Vaccination report Assam 1874-1896 - 1874-1896
Year: 1874
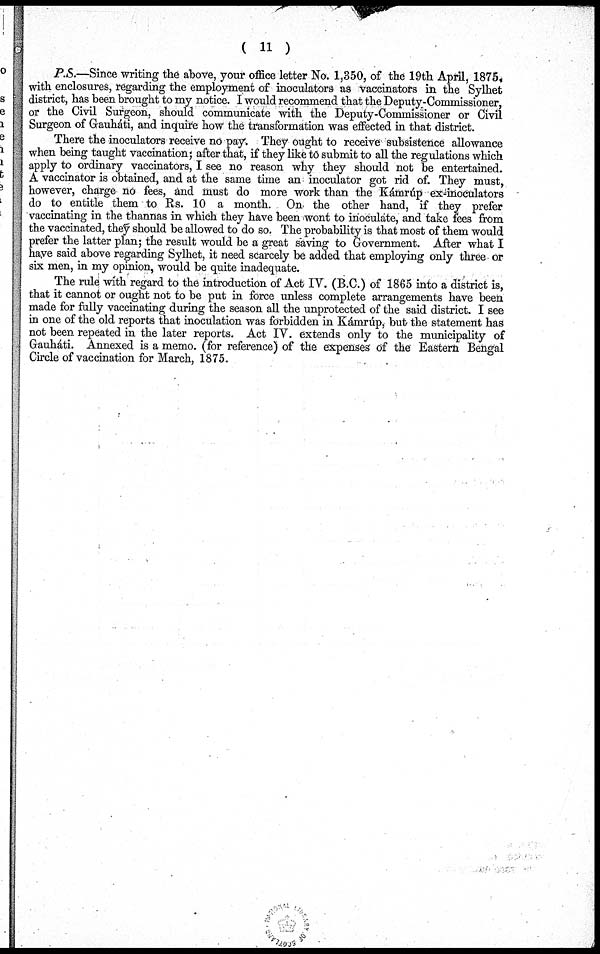
( 11 )
P.S.—Since writing the above, your office letter No. 1,350, of the 19th April, 1875,
with enclosures, regarding the employment of inoculators as vaccinators in the Sylhet
district, has been brought to my notice. I would recommend that the Deputy-Commissioner,
or the Civil Surgeon, should communicate with the Deputy-Commissioner or Civil
Surgeon of Grauháti, and inquire how the transformation was effected in that district.
There the inoculators receive no pay. They ought to receive subsistence allowance
when being taught vaccination; after that, if they like to submit to all the regulations which
apply to ordinary vaccinators, I see no reason why they should not be entertained.
A vaccinator is obtained, and at the same time an inoculator got rid of. They must,
however, charge no fees, and must do more work than the Kámrúp ex-inoculators
do to entitle them to Rs. 10 a month. On the other hand, if they prefer
vaccinating in the thannas in which they have been wont to inoculate, and take fees from
the vaccinated, they should be allowed to do so. The probability is that most of them would
prefer the latter plan; the result would be a great saving to Government. After what I
have said above regarding Sylhet, it need scarcely be added that employing only three or
six men, in my opinion, would be quite inadequate.
The rule with regard to the introduction of Act IV. (B.C.) of 1865 into a district is,
that it cannot or ought not to be put in force unless complete arrangements have been
made for fully vaccinating during the season all the unprotected of the said district. I see
in one of the old reports that inoculation was forbidden in Kámrúp, but the statement has
not been repeated in the later reports. Act IV. extends only to the municipality of
Gauháti. Annexed is a memo. (for reference) of the expenses of the Eastern Bengal
Circle of vaccination for March, 1875.